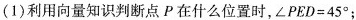
(1)利用向量知识判断点P在什么位置时，$$∠ P E D = 4 5 °$$；